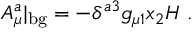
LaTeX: A _ { \mu } ^ { a } | _ { \mathrm { b g } } = - \delta ^ { a 3 } g _ { \mu 1 } x _ { 2 } H \ .